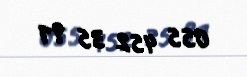
055 452 35 91